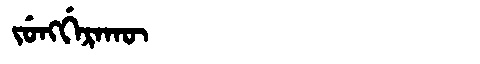
Manchu: ᠵᡠᠩᡤᡝᡵᠠᡴᡡ
Romanization: JUNGGERAKŪ